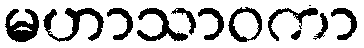
မဟာသာဝကာ